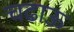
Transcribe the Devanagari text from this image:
चढाऊ